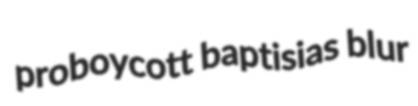
proboycott baptisias blur